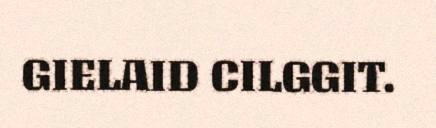
GIELAID CILGGIT.